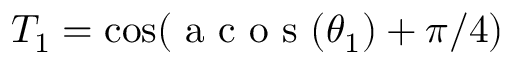
T _ { 1 } = \cos ( \mathrm { ~ a ~ c ~ o ~ s ~ } ( \theta _ { 1 } ) + \pi / 4 )